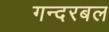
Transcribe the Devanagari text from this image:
गन्दरबल